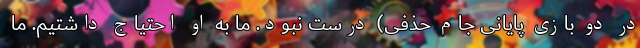
در دو بازی پایانی جام حذفی) درست نبود. ما به او احتیاج داشتیم. ما